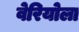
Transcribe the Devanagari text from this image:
वेरियोला